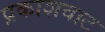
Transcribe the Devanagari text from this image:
प्रकाशवाट